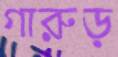
গারুড়